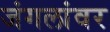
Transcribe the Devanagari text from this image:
जंगलांवर